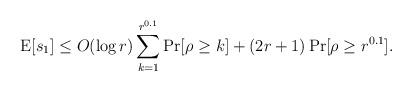
LaTeX: \begin{align*}\mathrm{E} [s_1]\le O(\log r)\sum_{k=1}^{r^{0.1}}\Pr[\rho\ge k] +(2r+1)\Pr[\rho\ge r^{0.1}].\end{align*}